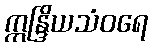
ဣန္ဒြိယသံဝရေ